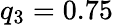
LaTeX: q_{3}=0.75